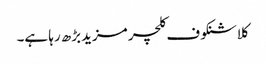
کلاشنکوف کلچر مزیدبڑھ رہا ہے۔